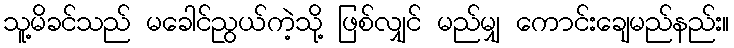
သူ့မိခင်သည် မခေါင်ညွယ်ကဲ့သို့ ဖြစ်လျှင် မည်မျှ ကောင်းချေမည်နည်း။